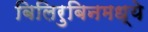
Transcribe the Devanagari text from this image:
बिलिरुबिनमध्ये